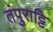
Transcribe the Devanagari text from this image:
तंपुराट्टि